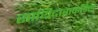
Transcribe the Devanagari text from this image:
साथिदाराकडिल